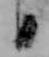
日